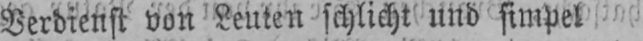
Verdienst von Leuten schlicht und simpel